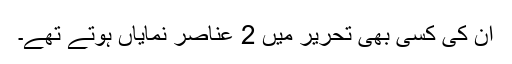
ان کی کسی بھی تحریر میں 2 عناصر نمایاں ہوتے تھے۔